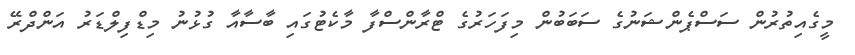
މީގެއިތުރުން ސަސްޕެންޝަނުގެ ސަބަބުން މިފަހަރުގެ ޓްރާންސްފާ މާކެޓުގައި ބާސާއާ ގުޅުނު މިޑްފިލްޑަރު އަންދްރޭ